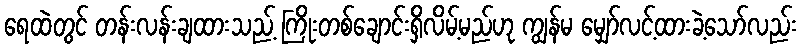
ရေထဲတွင် တန်းလန်းချထားသည့် ကြိုးတစ်ချောင်းရှိလိမ့်မည်ဟု ကျွန်မ မျှော်လင့်ထားခဲ့သော်လည်း